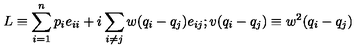
L \equiv \sum _ { i = 1 } ^ { n } p _ { i } e _ { i i } + i \sum _ { i \neq j } w ( q _ { i } - q _ { j } ) e _ { i j } ; v ( q _ { i } - q _ { j } ) \equiv w ^ { 2 } ( q _ { i } - q _ { j } )